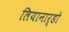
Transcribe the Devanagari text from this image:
लियानार्डो